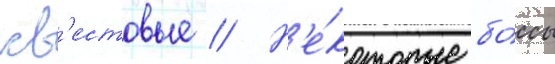
кв'естовые // Н'е́которые бо́ссы